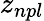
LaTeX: z_{npl}